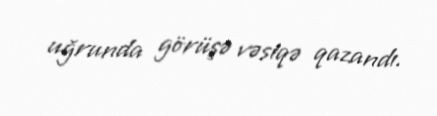
uğrunda görüşə vəsiqə qazandı.